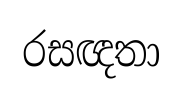
රසඥතා